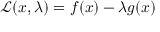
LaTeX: { \mathcal { L } } ( x , \lambda ) = f ( x ) - \lambda g ( x )